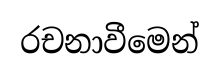
රචනාවීමෙන්